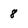
Character: 8